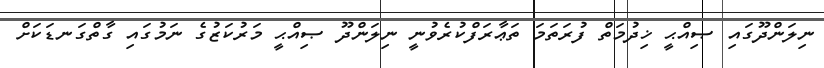
ނިލަންދޫގައި ޞިއްޙީ ޚިދުމަތް ފުރަތަމަ ތަޢާރަފްކުރެވުނީ ނިލަންދޫ ޞިއްޙީ މަރުކަޒުގެ ނަމުގައި ގާތްގަނޑަކަށް